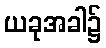
ယခုအခါ၌